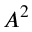
A ^ { 2 }